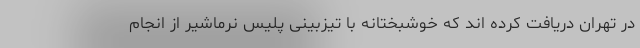
در تهران دریافت کرده اند که خوشبختانه با تیزبینی پلیس نرماشیر از انجام